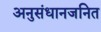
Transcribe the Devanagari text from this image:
अनुसंधानजनित